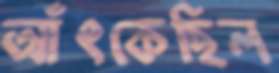
আঁৎকেছিল